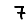
Digit: 7